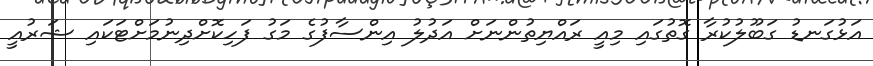
އަޅުގަނޑު ގަބޫލުކުރާ ގޮތުގައި މިއީ ރައްޔިތުންނަށް އަދުލު އިންސާފުގެ މަގު ފަހިކޮށްދިނުމަށްޓަކައި ޝަރުއީ